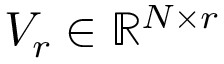
V _ { r } \in \mathbb { R } ^ { N \times { r } }